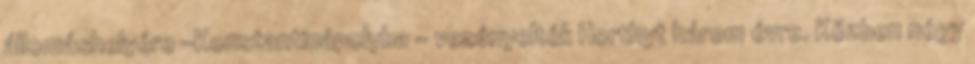
állomáshelyére –Konstantinápolyba - vezényelték Horthyt három évre. Közben négy